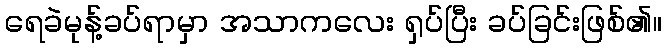
ရေခဲမုန့်ခပ်ရာမှာ အသာကလေး ရှပ်ပြီး ခပ်ခြင်းဖြစ်၏။